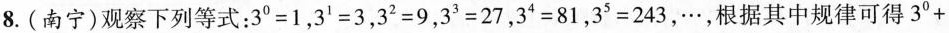
8.(南宁)观察下列等式：$$3^{0}=1$$，$$3^{1}=3$$，$$3^{2}=9$$，$$3^{3}=27$$，$$3^{4}=81$$，$$3^{5}=243$$，…，根据其中规律可得3^{0}+